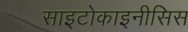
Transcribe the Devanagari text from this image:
साइटोकाइनीसिस